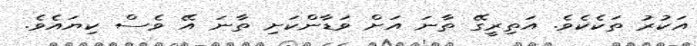
އަކުރު ތަކެކެވެ. އަތިރީގޭ ތާނަ އަށް ވަޑާންކަށި ތާނަ އޭ ވެސް ކިޔައެވެ.